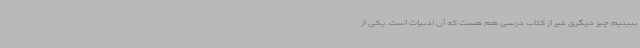
ببینیم چیز دیگری غیر از کتاب درسی هم هست که آن ادبیات است. یکی از